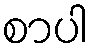
စာပါ